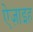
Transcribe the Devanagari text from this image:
ऐज़ाइह